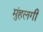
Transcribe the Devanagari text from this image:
मुंहलगी